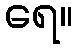
ရေ။